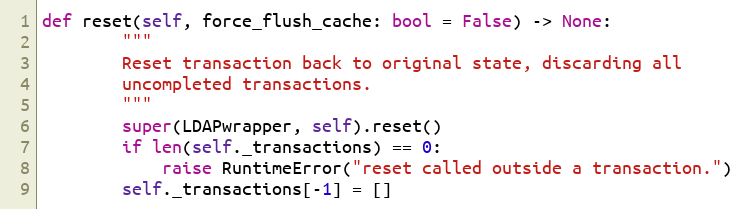
Language: Python
def reset(self, force_flush_cache: bool = False) -> None:
        """
        Reset transaction back to original state, discarding all
        uncompleted transactions.
        """
        super(LDAPwrapper, self).reset()
        if len(self._transactions) == 0:
            raise RuntimeError("reset called outside a transaction.")
        self._transactions[-1] = []